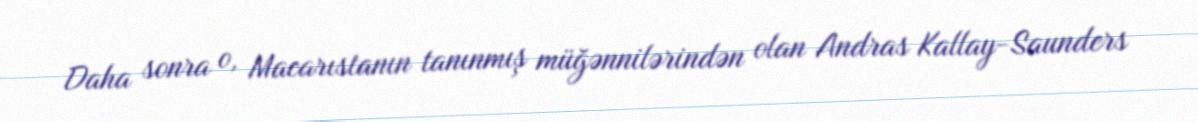
Daha sonra o, Macarıstanın tanınmış müğənnilərindən olan Andras Kallay-Saunders